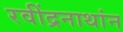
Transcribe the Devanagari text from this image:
रवींद्रनाथांन